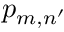
p _ { m , n ^ { \prime } }